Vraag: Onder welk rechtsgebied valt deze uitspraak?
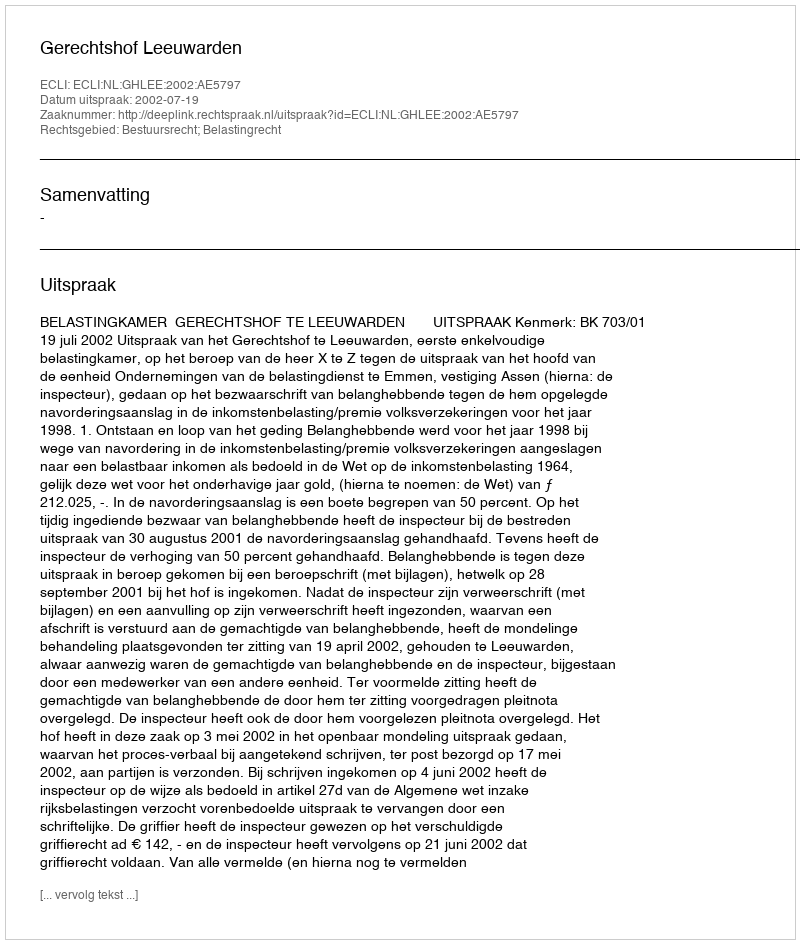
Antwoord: Bestuursrecht; Belastingrecht